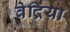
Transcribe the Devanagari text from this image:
वेद्रिया